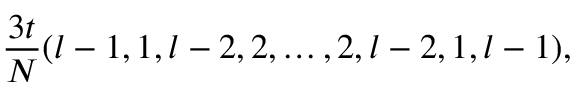
\frac { 3 t } { N } ( l - 1 , 1 , l - 2 , 2 , \ldots , 2 , l - 2 , 1 , l - 1 ) ,